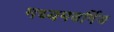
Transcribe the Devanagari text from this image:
मध्यमवर्गिय